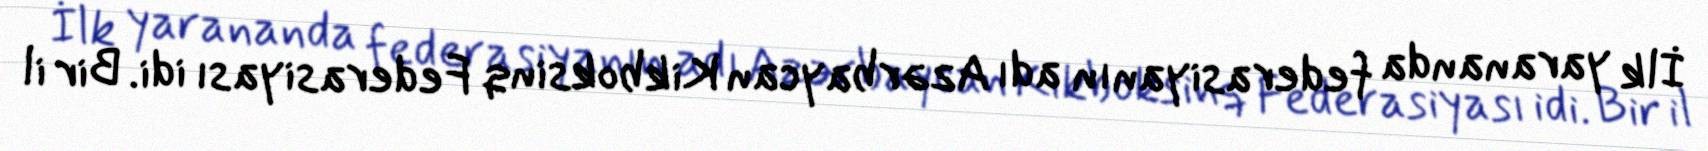
İlk yarananda federasiyanın adı Azərbaycan Kikboksinq Federasiyası idi. Bir il